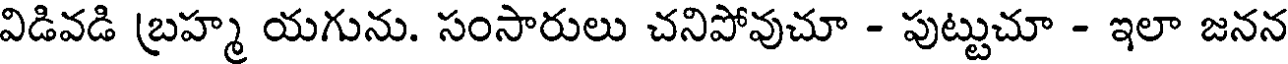
విడివడి బ్రహ్మ యగును. సంసారులు చనిపోవుచూ - పుట్టుచూ - ఇలా జనన